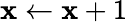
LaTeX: \mathbf{x}\gets\mathbf{x}+1